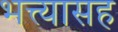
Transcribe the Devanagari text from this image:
भत्त्यासह